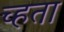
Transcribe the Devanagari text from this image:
च्हता